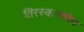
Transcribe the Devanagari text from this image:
तिरस्कारानेच